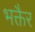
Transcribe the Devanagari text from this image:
भक्तैर